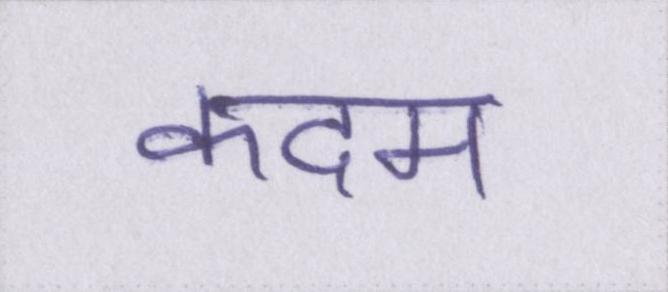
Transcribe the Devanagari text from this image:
कदम